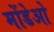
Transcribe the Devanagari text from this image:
मोंडेओ